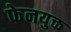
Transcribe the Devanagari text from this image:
फेनयुक्त